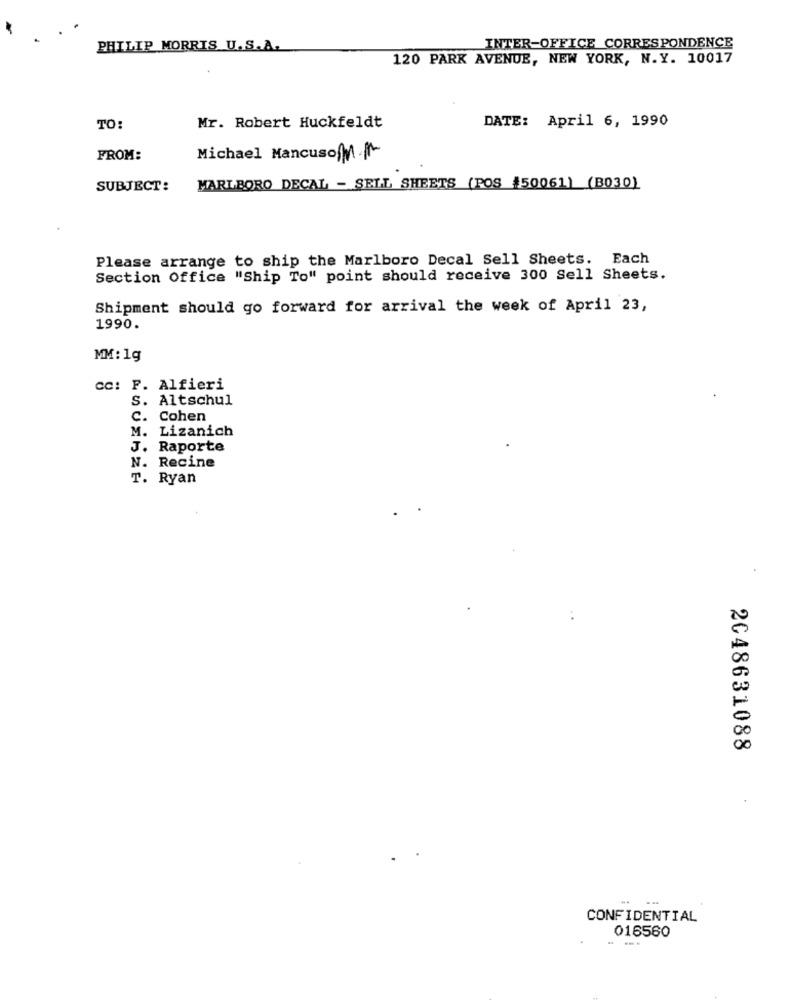
PHILIP MORRIS U.S.A.
INTER-OFFICE CORRESPONDENCE
120 PARK AVENUE, NEW YORK, N.Y. 10017
TO:
Mr. Robert Huckfeldt
DATE: April 6, 1990
FROM:
Michael Mancuso M.A
SUBJECT:
MARLBORO DECAL - SELL SHEETS (POS #50061) (B030)
Please arrange to ship the Marlboro Decal Sell Sheets. Each
Section Office "Ship To" point should receive 300 Sell Sheets.
Shipment should go forward for arrival the week of April 23,
1990.
MM: 1g
cc: F. Alfieri
S. Altschul
C. Cohen
M. Lizanich
J. Raporte
N. Recine
T. Ryan
2048631088
CONFIDENTIAL
016560
---